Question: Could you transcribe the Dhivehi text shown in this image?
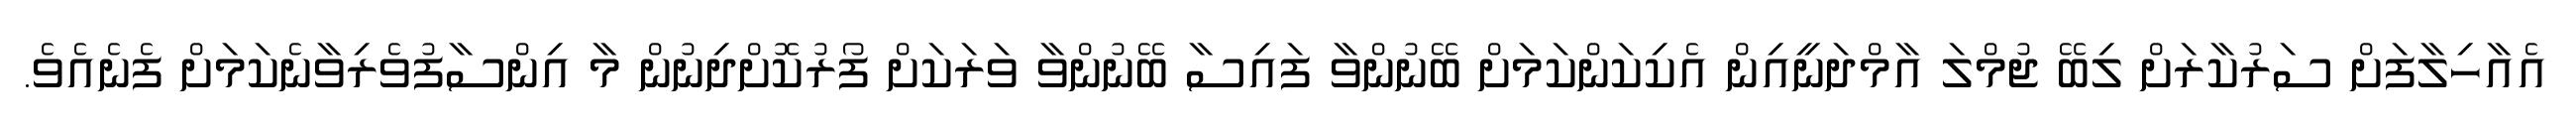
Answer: އެއާހިލާފަށް ސަރުކާރަށް ލިބޭ ޖުމްލަ އާމްދަނީއިން އެކިކަންކަމަށް ބޭނުންވާ ފައިސާ ބޭނުންވާ ވަރަކަށް ފޯރުކޮށްދިނުން މާ އިންސާފުވެރިވާނެކަމަށް ފެނެއެވެ.